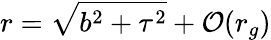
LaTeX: r=\sqrt{b^{2}+\tau^{2}}+{\cal O}(r_{g})